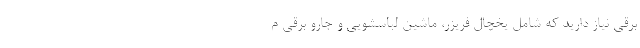
برقی نیاز دارید که شامل یخچال فریزر، ماشین لباسشویی و جارو برقی م